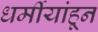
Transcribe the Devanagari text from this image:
धर्मीयांहून